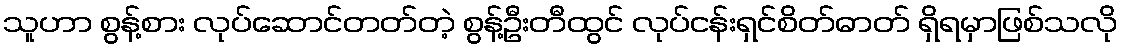
သူဟာ စွန့်စား လုပ်ဆောင်တတ်တဲ့ စွန့်ဦးတီထွင် လုပ်ငန်းရှင်စိတ်ဓာတ် ရှိရမှာဖြစ်သလို